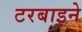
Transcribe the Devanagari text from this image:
टरबाइने